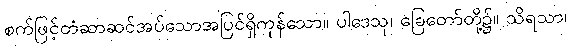
စက်ဖြင့်တံဆာဆင်အပ်သောအပြင်ရှိကုန်သော။ ပါဒေသု၊ ခြေတော်တို့၌။ သိရသာ၊